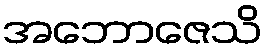
အဘောဇေသိ